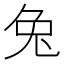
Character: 兔